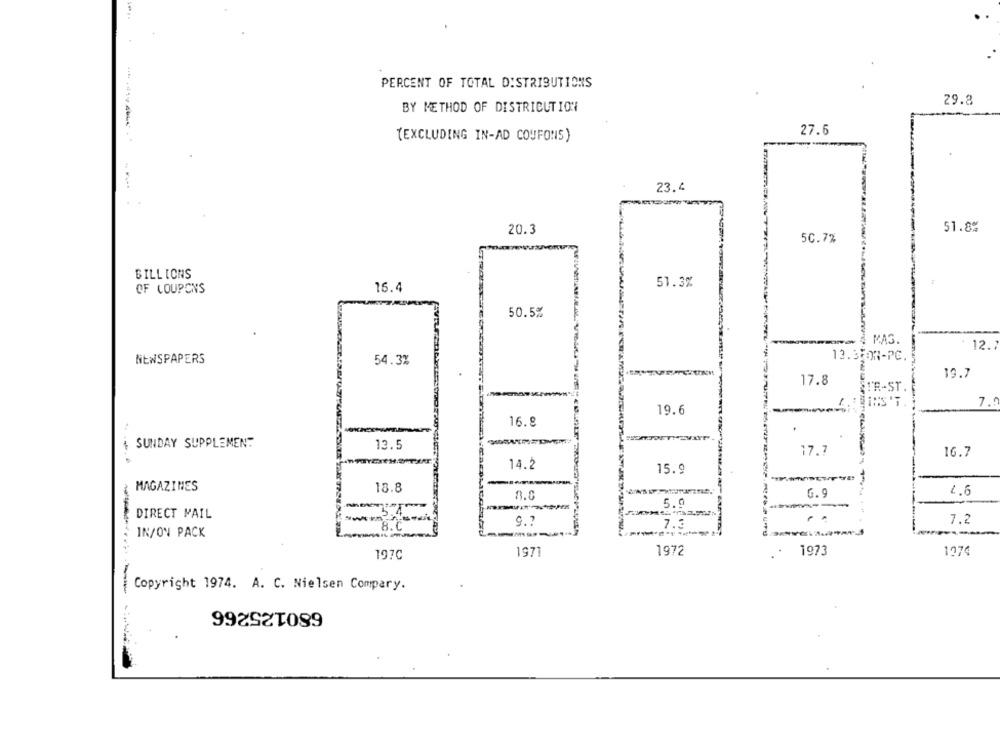
PERCENT OF TOTAL DISTRIBUTIONS
29.8
BY METHOD OF DISTRIBUTION
27.6
(EXCLUDING IN-AD COUFONS)
---
23.4
20.3
51.8%
50.7%
BILLIONS
51.3%
OF COUPONS
15.4
50.5%
4 MAS.
12 .:
NEWSPAPERS
54.3%
13.3FOR-PC.
19.7
17.8
SUR-ST.
7.9
19.6
16.8
SUNDAY SUPPLEMENT
13.5
17.7
16.7
14.2
15.9
MAGAZINES
18.8
G.9
8.0
5.9
DIRECT MAIL
..
9 .?
7.3
7.2
IN/ON PACK
-----
-
.
197C
1971
1972
1973
1974
Copyright 1974. A. C. Nielsen Compary.
680125266